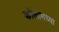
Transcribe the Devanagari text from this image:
कोलामच्या